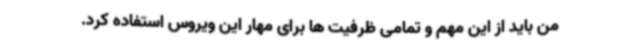
من باید از این مهم و تمامی ظرفیت ها برای مهار این ویروس استفاده کرد.